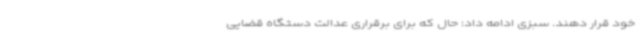
خود قرار دهند. سبزی ادامه داد: حال که برای برقراری عدالت دستگاه قضایی